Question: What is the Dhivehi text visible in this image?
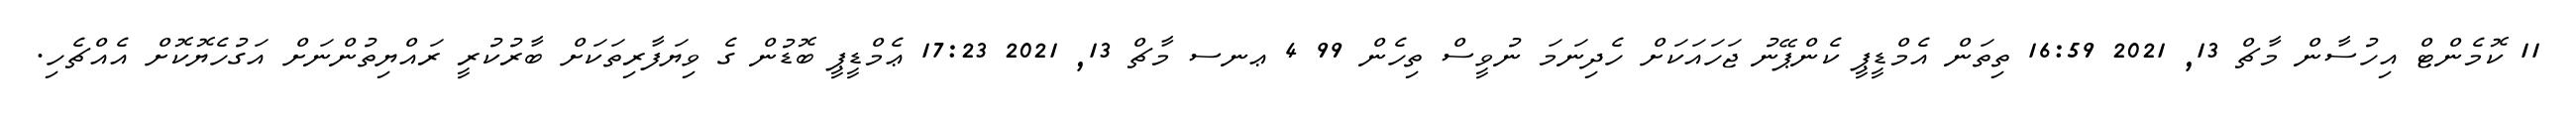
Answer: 11 ކޮމެންޓް އިހުސާން މާޗް 13, 2021 16:59 ތިތަން އެމްޑީޕީ ކެންޕޭނު ޖަހައަކަށް ހެދިނަމަ ނުވީސް ތިހެން 99 4 ޢނސ މާޗް 13, 2021 17:23 ޢެމްޑީޕީ ބޮޑުން ގެ ވިޔަފާރިތަކަށް ބާރުކުރީ ރައްޔިތުންނަށް އަގުހެޔޮކޮށް އެއްޗެހި.